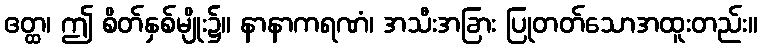
ဧတ္ထ၊ ဤ စိတ်နှစ်မျိုး၌။ နာနာကရဏံ၊ အသီးအခြား ပြုတတ်သောအထူးတည်း။